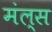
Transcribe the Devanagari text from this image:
मंल्स